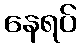
နေရပ်